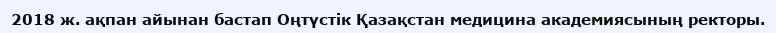
2018 ж. ақпан айынан бастап Оңтүстік Қазақстан медицина академиясының ректоры.